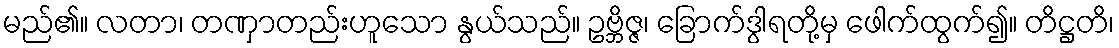
မည်၏။ လတာ၊ တဏှာတည်းဟူသော နွယ်သည်။ ဥဗ္ဘိဇ္ဇ၊ ခြောက်ဒွါရတို့မှ ဖေါက်ထွက်၍။ တိဋ္ဌတိ၊